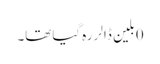
0بلین ڈالر رہ گیا تھا۔